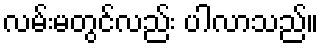
လမ်းမတွင်လည်း ပါလာသည်။